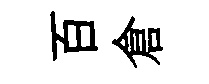
百倉